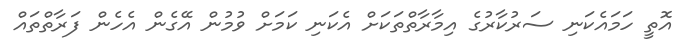
އޮތީ ހަމައެކަނި ސަރުކާރުގެ އިމާރާތްތަކަށް އެކަނި ކަމަށް ވުމުން އޭގެން އެހެން ފަރާތްތައް